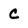
Character: C